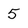
Character: 5